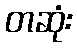
တဆုံး